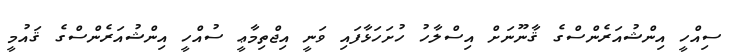
ސިއްހީ އިންޝުއަރެންސްގެ ޤާނޫނަށް އިސްލާހު ހުށަހަޅާފައި ވަނީ އިޖްތިމާޢީ ސުއްހީ އިންޝުއަރެންސްގެ ޤައުމީ